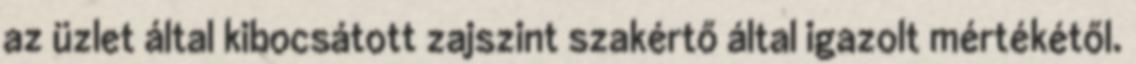
az üzlet által kibocsátott zajszint szakértő által igazolt mértékétől.